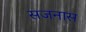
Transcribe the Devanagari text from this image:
सजनास